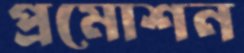
প্রমোশন